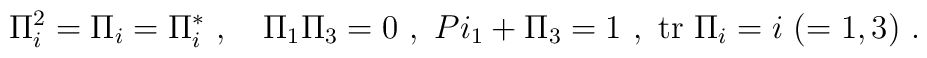
\Pi^2_i=\Pi_i=\Pi^*_i\ ,\ \ \  \Pi_1\Pi_3=0\ ,\ \ \\Pi_1+\Pi_3=1\ ,\\ \ {\rm tr}\ \Pi_i=i\ (=1,3)\ .